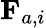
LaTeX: {\mathbf F}_{a,i}